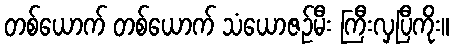
တစ်ယောက် တစ်ယောက် သံယောဇဉ်မီး ကြီးလှပြီကိုး။